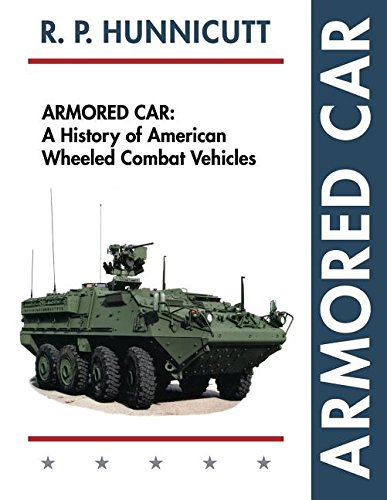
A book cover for Armored Car: A History of American Wheeled Combat Vehicles; R.P. Hunnicutt; Arts & Photography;